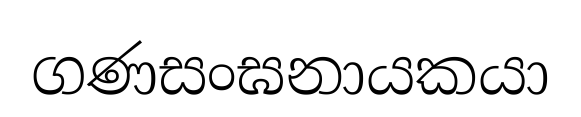
ගණසංඝනායකයා